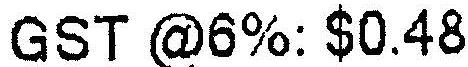
GST @6%: $0.48